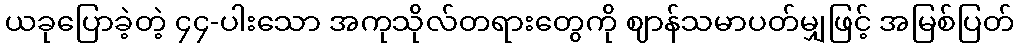
ယခုပြောခဲ့တဲ့ ၄၄-ပါးသော အကုသိုလ်တရားတွေကို ဈာန်သမာပတ်မျှဖြင့် အမြစ်ပြတ်